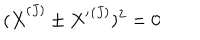
( { \dot { X } } ^ { ( J ) } \pm { X ^ { \prime } } ^ { ( J ) } ) ^ { 2 } = 0